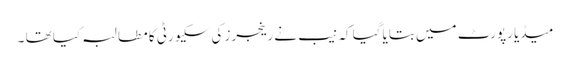
میڈیا رپورٹ میں بتایا گیا کہ نیب نے رینجرز کی سکیورٹی کا مطالبہ کیا تھا ۔